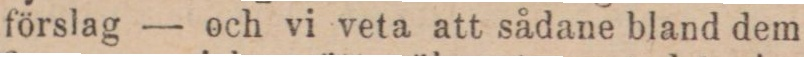
förslag — och vi veta att sådane bland dem